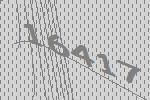
16417